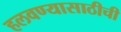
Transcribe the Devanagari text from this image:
हलवण्यासाठीची